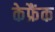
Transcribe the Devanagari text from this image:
केफ्रैंक